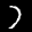
Label: 7